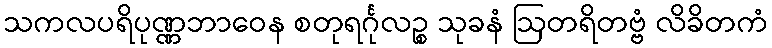
သကလပရိပုဏ္ဏဘာဝေန စတုရင်္ဂုလဉ္စ သုခနံ ဩတရိတဗ္ဗံ လိခိတကံ